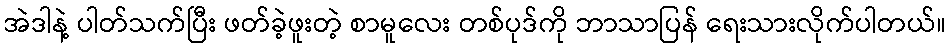
အဲဒါနဲ့ ပါတ်သက်ပြီး ဖတ်ခဲ့ဖူးတဲ့ စာမူလေး တစ်ပုဒ်ကို ဘာသာပြန် ရေးသားလိုက်ပါတယ်။